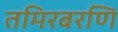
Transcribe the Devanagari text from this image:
तमिरबरणि